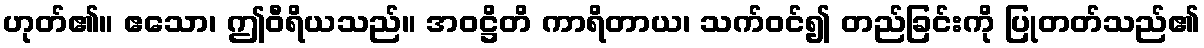
ဟုတ်၏။ ဧသော၊ ဤဝီရိယသည်။ အဝဋ္ဌိတိ ကာရိတာယ၊ သက်ဝင်၍ တည်ခြင်းကို ပြုတတ်သည်၏